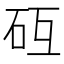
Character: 𰦧